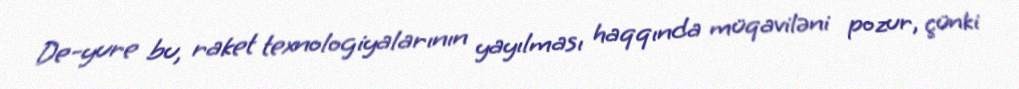
De-yure bu, raket texnologiyalarının yayılması haqqında müqaviləni pozur, çünki